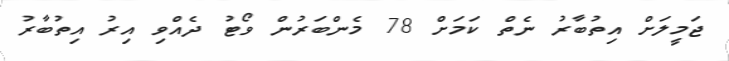
ޖަމީލަށް އިތުބާރު ނެތް ކަމަށް 78 މެންބަރުން ވޯޓު ދެއްވި އިރު އިތުބާރު